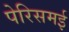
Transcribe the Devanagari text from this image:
पेरिसमई